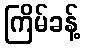
ကြိမ်ခန့်